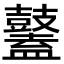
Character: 𪔮